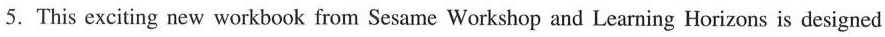
5. This exciting new workbook from Sesame Workshop and Learning Horizons is designed